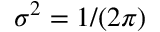
\sigma ^ { 2 } = 1 / ( 2 \pi )